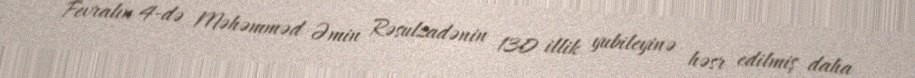
Fevralın 4-də Məhəmməd Əmin Rəsulzadənin 130 illik yubileyinə həsr edilmiş daha